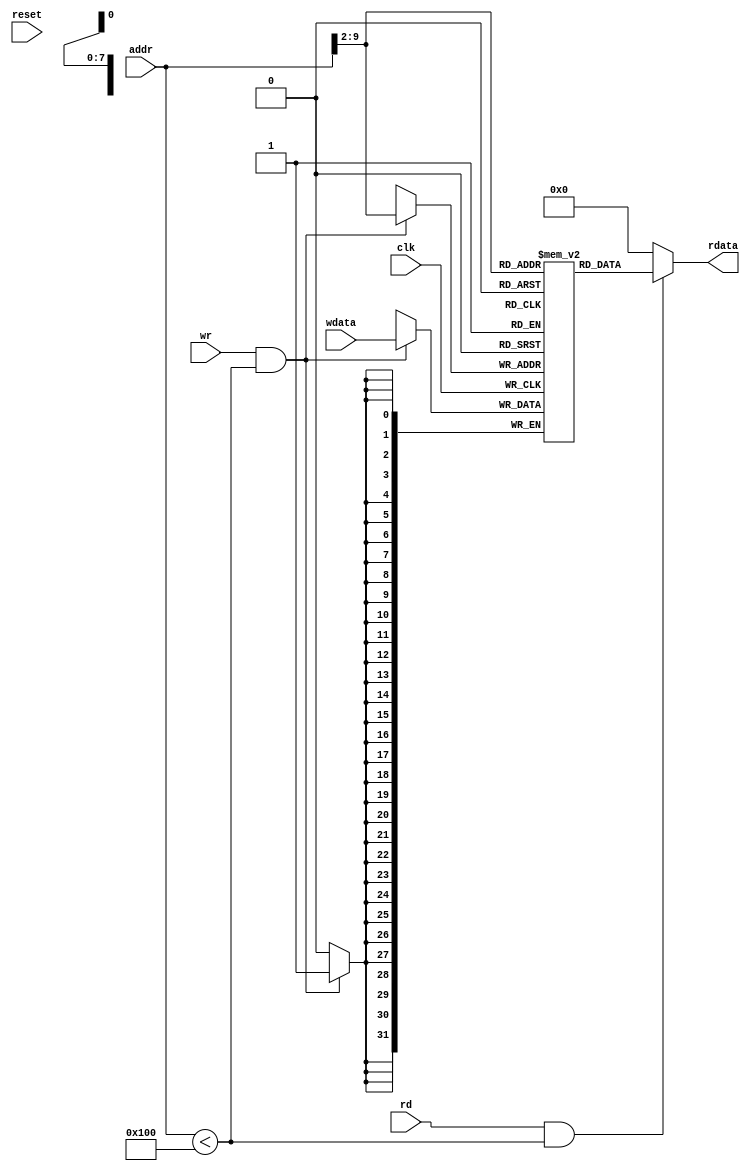
`timescale 1ns/1ps

module DataMem (reset,clk,rd,wr,addr,wdata,rdata);
input reset,clk;
input rd,wr;
input [31:0] addr;	//Address Must be Word Aligned
output [31:0] rdata;
input [31:0] wdata;

parameter RAM_SIZE = 256;
reg [31:0] RAMDATA [RAM_SIZE-1:0];

integer	i;
initial
begin
	for(i = 0;i < RAM_SIZE;i = i + 1)
		RAMDATA[i] = 32'b0;
end

assign rdata=(rd && (addr < RAM_SIZE))?RAMDATA[addr[31:2]]:32'b0;

always@(posedge clk) begin
	if(wr && (addr < RAM_SIZE)) RAMDATA[addr[31:2]]<=wdata;
end

endmodule